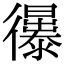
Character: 𢖚